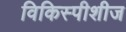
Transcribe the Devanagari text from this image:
विकिस्पीशीज